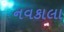
નવકાલા